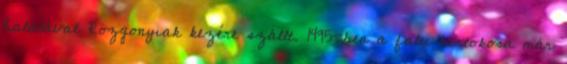
halálával Rozgonyiak kezére szállt. 1495-ben a falu birtokosa már